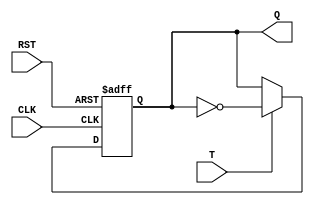
module t_flip_flop(
    input T,     // T input for the flip-flop
    input CLK,   // Clock input
    input RST,   // Reset input
    output reg Q  // Output Q
);

always @(posedge CLK or posedge RST) begin
    if (RST) begin
        Q <= 1'b0; // Reset the flip-flop to 0
    end else begin
        if (T) begin
            Q <= ~Q; // Toggle Q when T is 1
        end
    end
end

endmodule